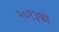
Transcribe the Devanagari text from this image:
२०१३को